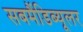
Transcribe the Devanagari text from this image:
सबमैंडिब्यूलर